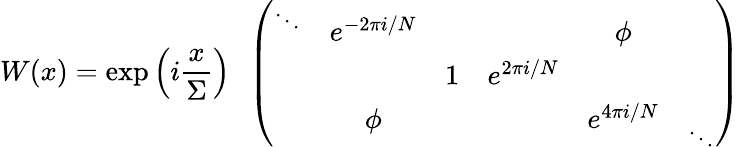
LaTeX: W(x)=\exp\left(i\frac{x}{\Sigma}\right)\ \ \left(\begin{array}{cccccc}{{\mathrm{}^{\ddots}}}&{{e^{-2\pi i/N}}}&{{}}&{{}}&{{\phi}}\\ {{}}&{{}}&{{1}}&{{e^{2\pi i/N}}}&{{}}&{{}}\\ {{}}&{{\phi}}&{{}}&{{}}&{{e^{4\pi i/N}}}&{{\mathrm{}_{\ddots}}}\end{array}\right)